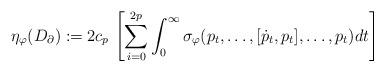
LaTeX: \begin{align*} \eta_{\varphi} (D_{\partial}):=2 c_p\,\left[ \sum_{i=0}^{2p} \int_0^{\infty}\sigma_\varphi (p_t,\dots,[\dot{p}_t, p_t],\dots,p_t)dt\right] \end{align*}